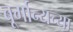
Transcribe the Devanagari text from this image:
बूर्गान्यच्या